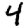
Digit: 4